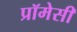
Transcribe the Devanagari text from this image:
प्रॉमेसी